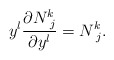
\begin{align*} y^l\frac{\partial N^k_{\,\,j}}{\partial y^l}=N^k_{\,\,j}.\end{align*}